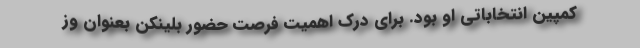
کمپین انتخاباتی او بود. برای درک اهمیت فرصت حضور بلینکن بعنوان وز